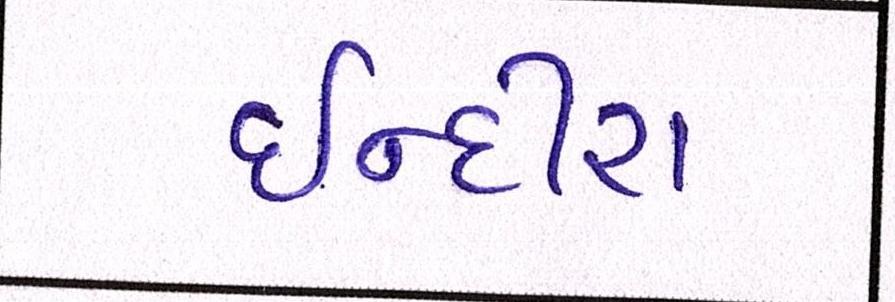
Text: ઈન્દીરા